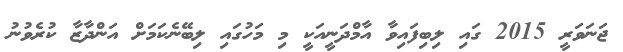
ޖަނަވަރީ 2015 ގައި ލިބިފައިވާ އާމްދަނީއަކީ މި މަހުގައި ލިބޭނެކަމަށް އަންދާޒާ ކުރެވުނު